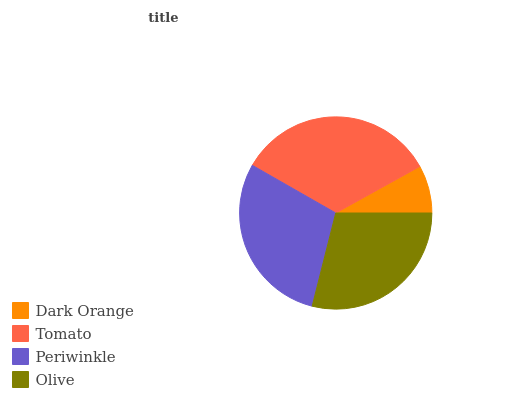
| Dark Orange | Tomato | Periwinkle | Olive |
 | --- | --- | --- | --- |
 | 8.05% | 33.7% | 29.3% | 29% |